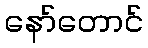
နော်တောင်